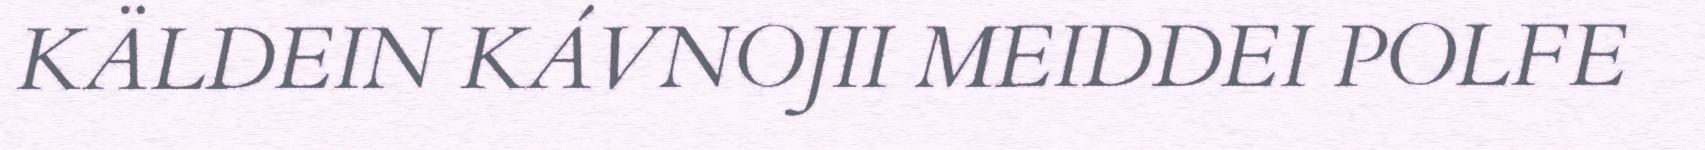
KÄLDEIN KÁVNOJII MEIDDEI POLFE